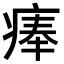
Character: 𤷰